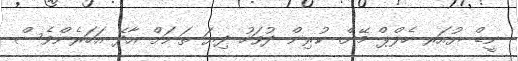
ނީޑް ޔުއަރ ހެލްޕް މޭން. ކުރިން ދުވަހު ދިޔަ ތަނަށް އާދޭ އަހަރެންވެސް